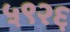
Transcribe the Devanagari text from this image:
५९२६